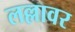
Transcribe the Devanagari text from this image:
लल्लावर